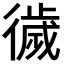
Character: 𢕺